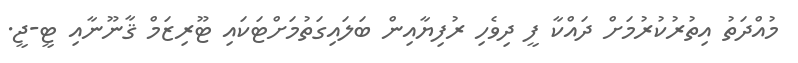
މުއްދަތު އިތުރުކުރުމަށް ދައްކާ ފީ ދިވެހި ރުފިޔާއިން ބަލައިގަތުމަށްޓަކައި ޓޫރިޒަމް ޤާނޫނާއި ޓީ-ޖީ.